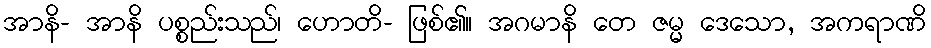
အာနိ- အာနိ ပစ္စည်းသည်၊ ဟောတိ- ဖြစ်၏။ အဂမာနိ တေ ဇမ္မ ဒေသော, အကရာဏိ